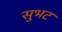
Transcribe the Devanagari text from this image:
सुभट